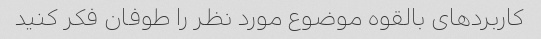
کاربردهای بالقوه موضوع مورد نظر را طوفان فکر کنید